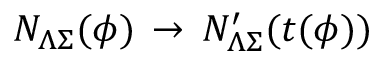
{ \cal N } _ { \Lambda \Sigma } ( \phi ) \, \rightarrow \, { \cal N } _ { \Lambda \Sigma } ^ { \prime } ( t ( \phi ) )